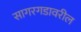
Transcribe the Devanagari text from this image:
सागरगडावरील